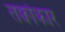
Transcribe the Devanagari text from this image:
तर्क्वाकार